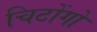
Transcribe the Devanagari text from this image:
चिटोंगो